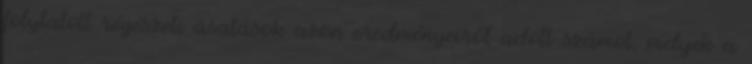
folytatott régészeti ásatások azon eredményeiről adott számot, melyek a